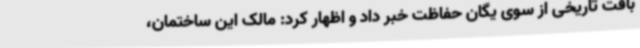
بافت تاریخی از سوی یگان حفاظت خبر داد و اظهار کرد: مالک این ساختمان،